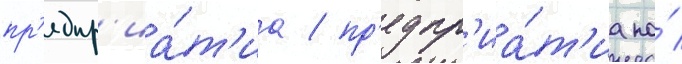
пр'едпр'иа́т'иа / пр'едпр'иа́т'иа по́